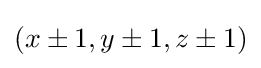
\textstyle (x\pm 1,y\pm 1,z\pm 1)